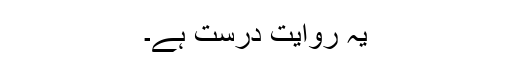
یہ روایت درست ہے۔